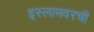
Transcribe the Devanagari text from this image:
इस्लामवरची